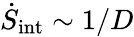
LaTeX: \dot{S}_{\mathrm{int}}\sim 1/D